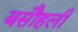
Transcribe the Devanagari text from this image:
बसौहली